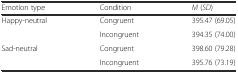
<table><thead><tr><td><b>Emotion type</b></td><td><b>Condition</b></td><td><b><i>M</i> (<i>SD</i>)</b></td></tr></thead><tbody><tr><td>Happy-neutral</td><td>Congruent</td><td>395.47 (69.05)</td></tr><tr><td></td><td>Incongruent</td><td>394.35 (74.00)</td></tr><tr><td>Sad-neutral</td><td>Congruent</td><td>398.60 (79.28)</td></tr><tr><td></td><td>Incongruent</td><td>395.76 (73.19)</td></tr></tbody></table>